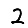
Digit: 2